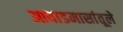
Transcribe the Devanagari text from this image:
आषाडमासांतूले